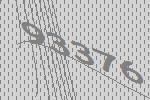
93376